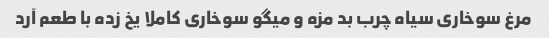
مرغ سوخاری سیاه چرب بد مزه و میگو سوخاری کاملا یخ زده با طعم آرد